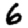
Digit: 6